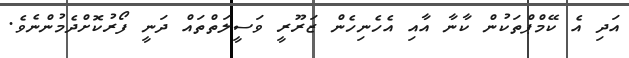
އަދި އެ ކޭމްޕްތަކުން ކާނާ އާއި އެހެނިހެން ޒަރޫރީ ވަސީލަތްތައް ދަނީ ފޯރުކޮށްދެމުންނެވެ.